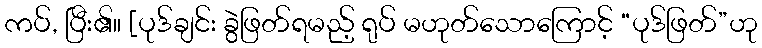
ကပ်, ပြီး၏။ [ပုဒ်ချင်း ခွဲဖြတ်ရမည့် ရုပ် မဟုတ်သောကြောင့် “ပုဒ်ဖြတ်”ဟု